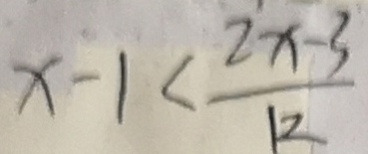
x - 1 < \frac { 2 x - 3 } { k }